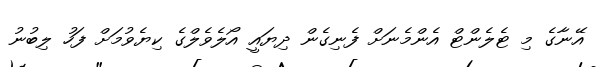
އޭނާގެ މި ޓެލެންޓް އެންމެނަށް ފެނިގެން ދިޔައީ އޯލެވެލްގެ ކިޔެވުމަށް ފަހު ލިބުނު